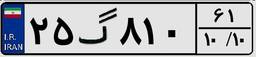
۲۵گ۸۱۰۶۱